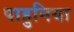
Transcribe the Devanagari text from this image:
पाहुनिया